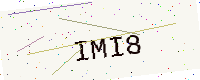
Text: IMI8